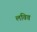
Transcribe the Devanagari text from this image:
लविव